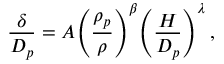
\frac { \delta } { D _ { p } } = A \Bigg ( \frac { \rho _ { p } } { \rho } \Bigg ) ^ { \beta } \Bigg ( \frac { H } { D _ { p } } \Bigg ) ^ { \lambda } \, ,